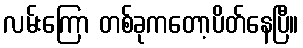
လမ်းကြော တစ်ခုကတော့ပိတ်နေပြီ။